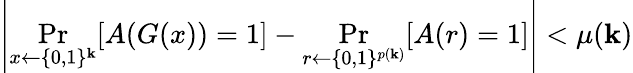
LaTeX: \left|\operatorname*{Pr}_{x\gets\{ 0,1\} ^{\mathbf{k}}}[A(G(x))=1]-\operatorname*{Pr}_{r\gets\{ 0,1\} ^{p(\mathbf{k})}}[A(r)=1]\right|<\mu(\mathbf{k})